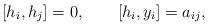
LaTeX: \begin{align*}[h_i,h_j]=0,\qquad [h_i,y_i]=a_{ij},\end{align*}